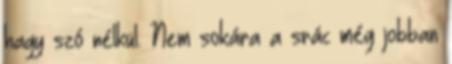
hagy szó nélkül. Nem sokára a srác még jobban